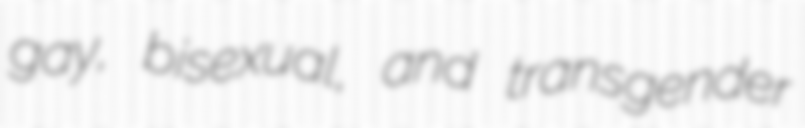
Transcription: gay, bisexual, and transgender